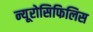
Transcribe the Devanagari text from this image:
न्यूरोसिफिलिस